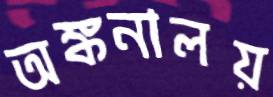
অঙ্কনালয়